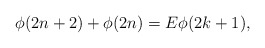
\begin{align*} \phi(2n+2)+\phi(2n)=E\phi(2k+1),\end{align*}